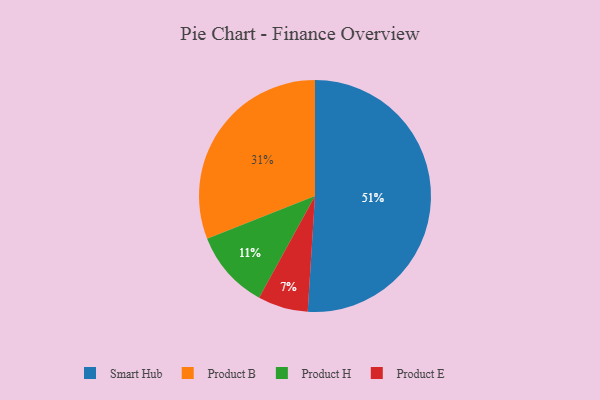
{"axis": {"x": "Category", "y": "Percentage"}, "legend": ["Product B", "Product E", "Product H", "Smart Hub"], "data": [{"x": "Product E", "y": 7, "type": "Product E"}, {"x": "Product B", "y": 31, "type": "Product B"}, {"x": "Smart Hub", "y": 51, "type": "Smart Hub"}, {"x": "Product H", "y": 11, "type": "Product H"}]}